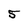
Character: 5